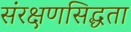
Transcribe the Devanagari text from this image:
संरक्षणसिद्धता